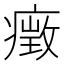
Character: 㿂